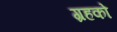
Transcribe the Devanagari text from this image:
ग्रहको